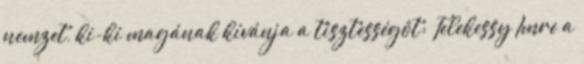
nemzet, ki-ki magának kívánja a tisztességöt: Telekessy Imre a